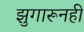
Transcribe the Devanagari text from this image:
झुगारूनही